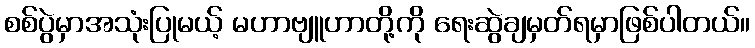
စစ်ပွဲမှာအသုံးပြုမယ့် မဟာဗျူဟာတို့ကို ရေးဆွဲချမှတ်ရမှာဖြစ်ပါတယ်။